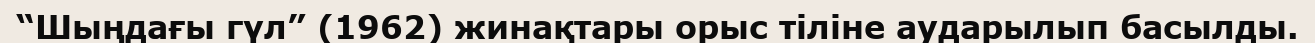
“Шыңдағы гүл” (1962) жинақтары орыс тіліне аударылып басылды.